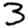
Digit: 3